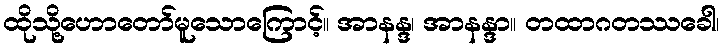
ထိုသို့ဟောတော်မူသောကြောင့်။ အာနန္ဒ၊ အာနန္ဒာ။ တထာဂတဿခေါ၊